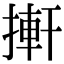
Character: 搟